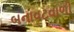
બનાવટવાળી